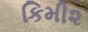
કિમી૨